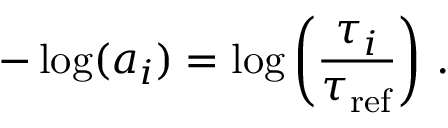
- \log ( a _ { i } ) = \log \left( \frac { \tau _ { i } } { \tau _ { \mathrm { r e f } } } \right) \, .